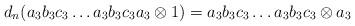
LaTeX: \begin{align*}d_n(a_3b_3c_3 \dots a_3b_3c_3a_3 \otimes 1) = a_3b_3c_3 \dots a_3b_3c_3 \otimes a_3\end{align*}